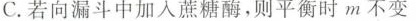
C.若向漏斗中加入蔗糖酶，则平衡时m不变